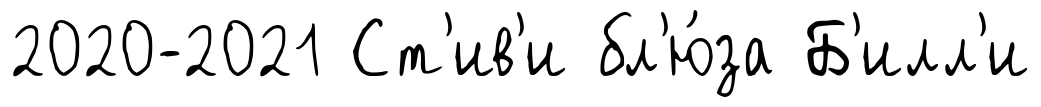
2020-2021 Ст'ив'и бл'ю́за Б'илл'и